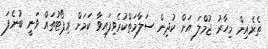
ތެރެއިން މިހާރު ޖުމްލަ އަށް ކުދިން ސަލާމަތްކުރެވިފައިވާ ކަމަށް ރިޕޯޓުތައް ވަނީ ބުނެފަ